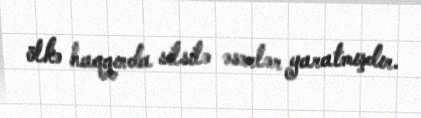
ölkə haqqında silsilə əsərlər yaratmışdır.